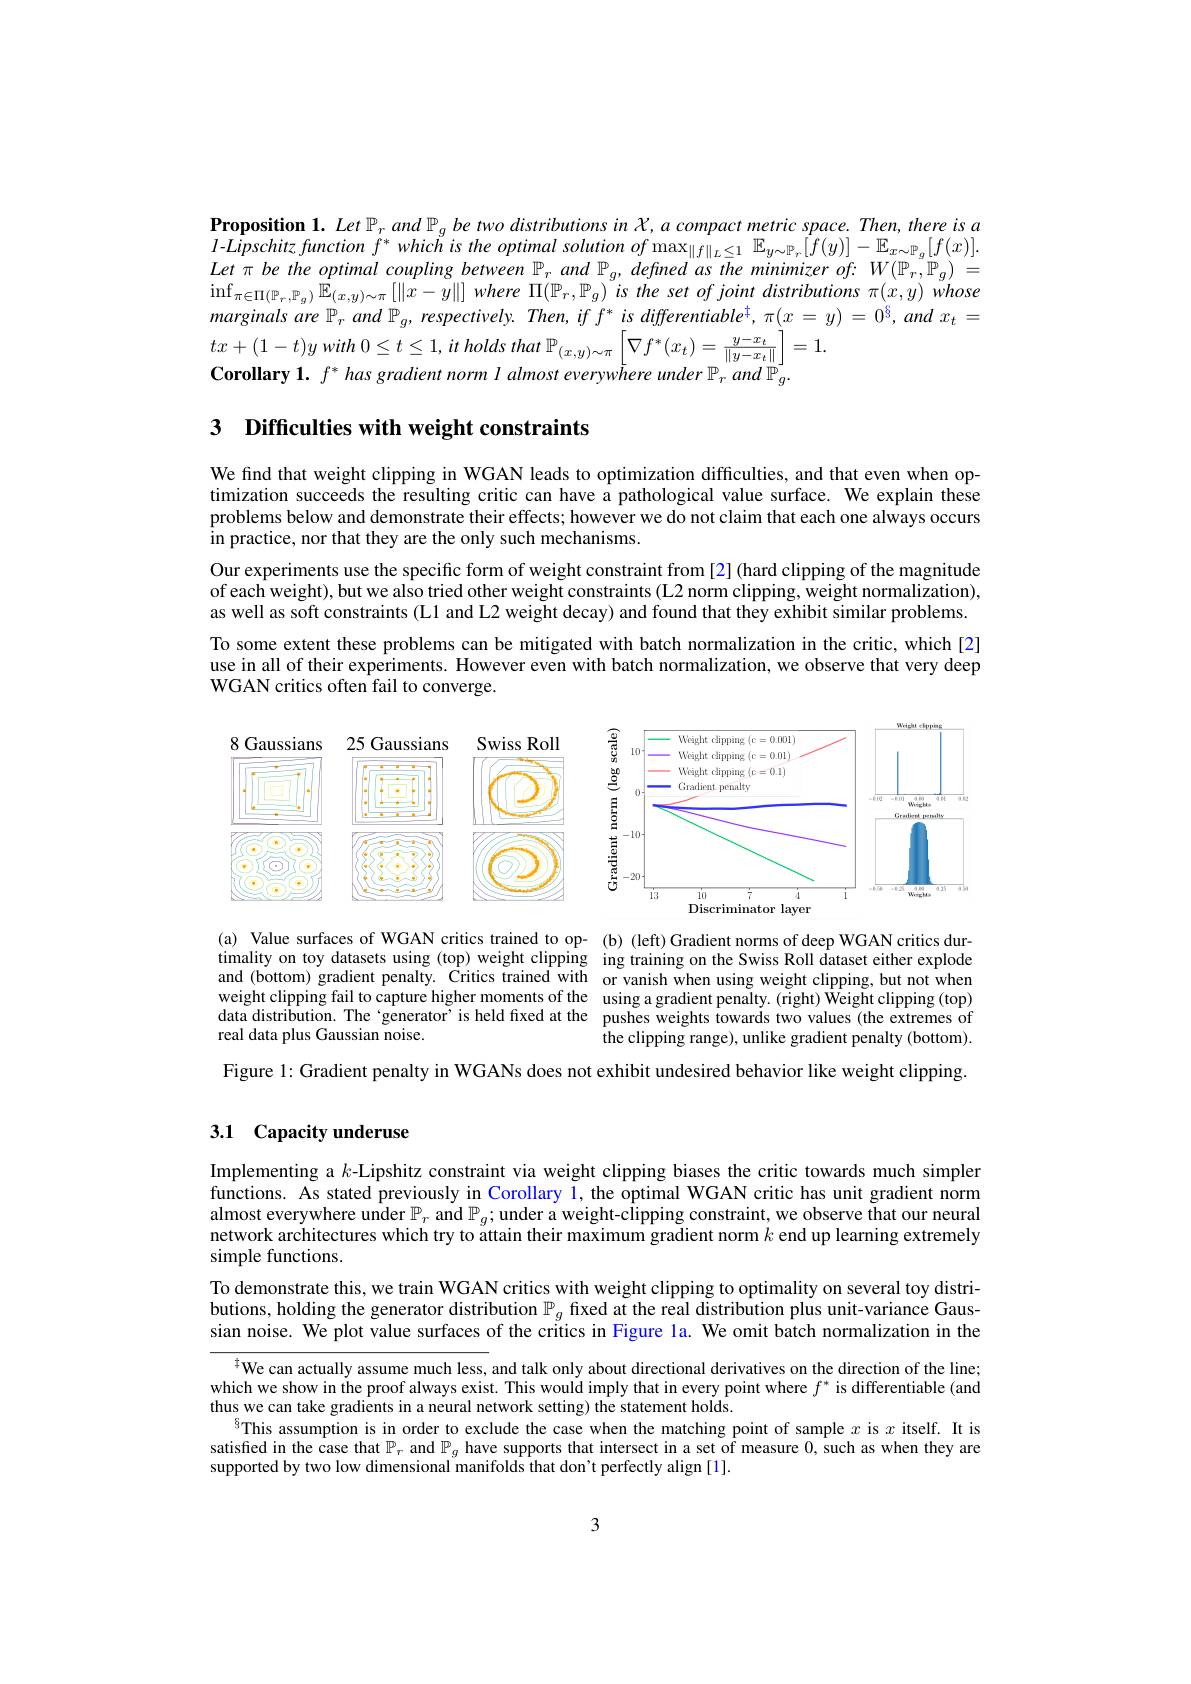
Proposition 1. Let $\mathbb{P}_r$ and $\mathbb{P}_g$ be two distributions in $X,a$ compact metric space. Then, there is a $l- Lipschitzfunction$ $f^{* }which$ $is$ the optimal solution $of\max _{\| f\| _{L}\leq 1}$ $\mathbb{E} _{y\sim \mathbb{P} _{r}}[ f( y) ] - \mathbb{E} _{x\sim \mathbb{P} _{g}}[ f( x) ] .$ Let $\pi$ be the optimal coupling between $\mathbb{P}_r$ and $\mathbb{P}_g$, defined as the minimizer of: $W(\mathbb{P}_r,\mathbb{P}_g)=$ $\operatorname*{inf}_{\pi\in\Pi(\mathbb{P}_r,\mathbb{P}_g)}\mathbb{E}_{(x,y)\sim\pi}\left[\|x-y\|\right]$where $\Pi(\mathbb{P}_r,\mathbb{P}_g)$ is the set of joint distributions $\pi(x,y)$ whose marginals are $\mathbb{P} _{r}$ and $\mathbb{P} _{g}$, $respectively.$ $Then$, $if$ $f^{* }$ $is$ $differentiable^{\dagger }$, $\pi ( x= y)$ = $0^{6}$, and $x_{t}$ = $tx+ ( 1- t) y$ with $0\leq t\leq 1$, $it$ holds that $\mathbb{P} _{( x, y) \sim \pi }\left \lfloor \nabla f^{* }( x_{t}) = \frac {y- x_{t}}{\| y- x_{t}\| }\right \rfloor = 1.$
Corollary 1. $f^*has$ gradient norm $l$ almost everywhere under $\mathbb{P}_r$ and $\mathbb{P}_g.$

3 Difficulties with weight constraints

We find that weight clipping in WGAN leads to optimization difficulties, and that even when optimization succeeds the resulting critic can have a pathological value surface. We explain these problems below and demonstrate their effects; however we do not claim that each one always occurs in practice, nor that they are the only such mechanisms.

Our experiments use the specific form of weight constraint from [2] (hard clipping of the magnitude of each weight), but we also tried other weight constraints (L2 norm clipping, weight normalization), as well as soft constraints (L1 and L2 weight decay) and found that they exhibit similar problems. To some extent these problems can be mitigated with batch normalization in the critic, which [2] use in all of their experiments. However even with batch normalization, we observe that very deep WGAN critics often fail to converge.

<FigureHere>

<FigureHere>

(a) Value surfaces of WGAN critics trained to op- (b) (left) Gradient norms of deep WGAN critics durtimality on toy datasets using (top) weight clipping ing training on the Swiss Roll dataset either explode and (bottom) gradient penalty. Critics trained with or vanish when using weight clipping, but not when weight clipping fail to capture higher moments of the using a gradient penalty. (right) Weight clipping (top) data distribution. The‘generator’is held fixed at the pushes weights towards two values (the extremes of real data plus Gaussian noise.

the clipping range), unlike gradient penalty (bottom).

Figure 1: Gradient penalty in WGANs does not exhibit undesired behavior like weight clipping.

## 3.1 Capacity underuse

Implementing a $k$-Lipshitz constraint via weight clipping biases the critic towards much simpler functions. As stated previously in Corollary $\color{red}{1,\text{theoptimalWGANcritichasunitgradient norm}}$ $\hat{\text{almost everywhere under }\mathbb{P}_r}$ and $\mathbb{P}_g;$under a weight-clipping constraint, we observe that our neural network architectures which try to attain their maximum gradient norm $k$ end up learning extremely simple functions.
To demonstrate this, we train WGAN critics with weight clipping to optimality on several toy distributions, holding the generator distribution $\mathbb{P}_g$ fixed at the real distribution plus unit-variance Gaussian noise. We plot value surfaces of the critics in Figure la. We omit batch normalization in the

$^{4}$We can actually assume much less, and talk only about directional derivatives on the direction of the line; which we show in the proof always exist. This would imply that in every point where $f^*$ is differentiable (andich were) thus we can take gradients in a neural network setting) the statement holds.
$^{5}$This assumption is in order to exclude the case when the matching point of sample $x$ is $x$ itself. It is satisfied in the case that $\mathbb{P}_r$ and $\mathbb{P}_g$ have supports that intersect in a set of measure 0, such as when they are supported by two low dimensional manifolds that don't perfectly align [1].

3